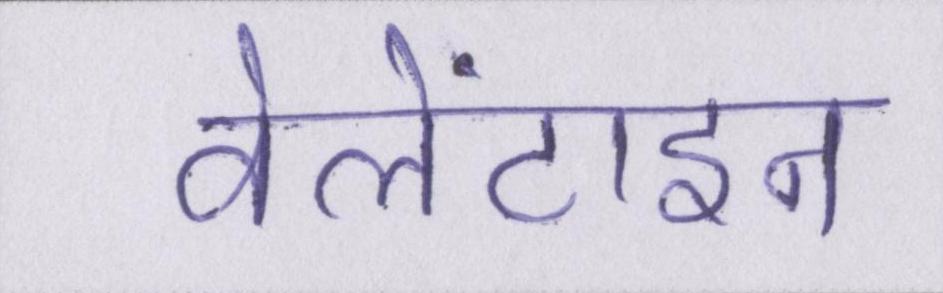
वेलेंटाइन